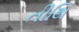
તીથિ